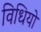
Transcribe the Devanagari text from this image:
विधियो